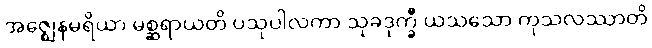
အဇ္ဈေနမရိယာ မစ္ဆရာယတိ ပသုပါလကာ သုခဒုက္ခီ ယသသော ကုသလဿာတိ